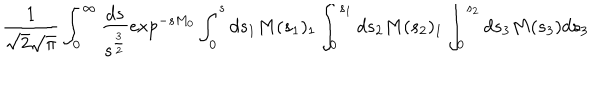
\frac { 1 } { \sqrt { 2 } \sqrt { \pi } } \int _ { 0 } ^ { \infty } \frac { d s } { s ^ { \frac { 3 } { 2 } } } \exp ^ { - s M _ { 0 } } \int _ { 0 } ^ { s } d s _ { 1 } M ( s _ { 1 } ) _ { 1 } \int _ { 0 } ^ { s _ { 1 } } d s _ { 2 } M ( s _ { 2 } ) _ { 1 } \int _ { 0 } ^ { s _ { 2 } } d s _ { 3 } M ( s _ { 3 } ) d s _ { 3 }